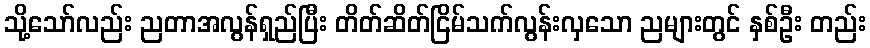
သို့သော်လည်း ညတာအလွန်ရှည်ပြီး တိတ်ဆိတ်ငြိမ်သက်လွန်းလှသော ညများတွင် နှစ်ဦး တည်း